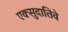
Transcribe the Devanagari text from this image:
एक्सुदातिवे